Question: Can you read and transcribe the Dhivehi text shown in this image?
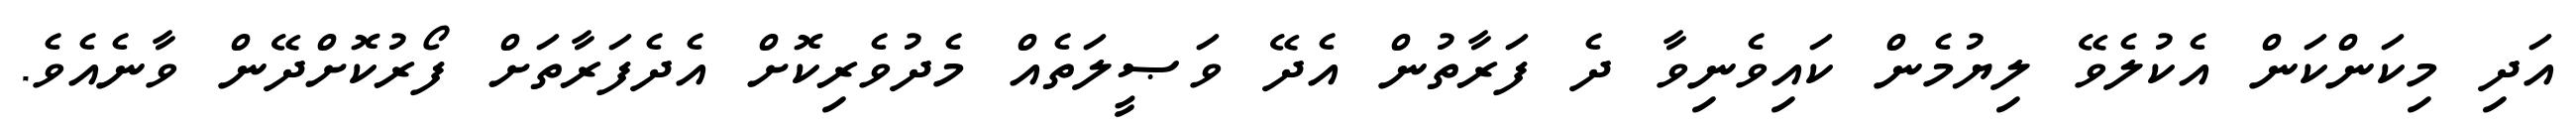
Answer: އަދި މިކަންކަން އެކުލެވޭ ލިޔުމެން ކައިވެނިވާ ދެ ފަރާތުން އެދޭ ވަޞީލަތެއް މެދުވެރިކޮށް އެދެފަރާތަށް ފޯރުކޮށްދޭން ވާނެއެވެ.